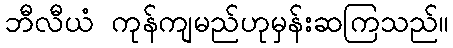
ဘီလီယံ ကုန်ကျမည်ဟုမှန်းဆကြသည်။